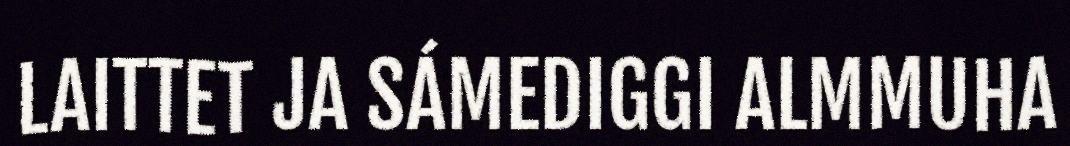
LAITTET JA SÁMEDIGGI ALMMUHA